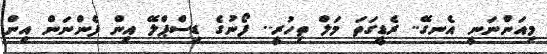
މިއަންނަނީ އެނގޭ.. ރެޑީގަތަ މަލް ތިހުރީ.. ފޯނުގެ ޑިސްޕްލޭ އިން ފެންނަން އިން